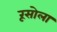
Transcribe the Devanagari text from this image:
रूसोला